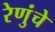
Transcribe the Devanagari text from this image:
रेणुंचे